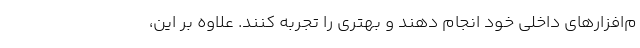
م‌افزارهای داخلی خود انجام دهند و بهتری را تجربه کنند. علاوه بر این،